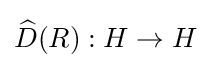
{\widehat {D}}(R):H\to H